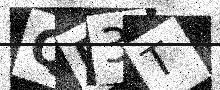
Text: QE3T